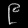
Digit: ၉